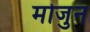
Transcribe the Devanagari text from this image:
मोजुन